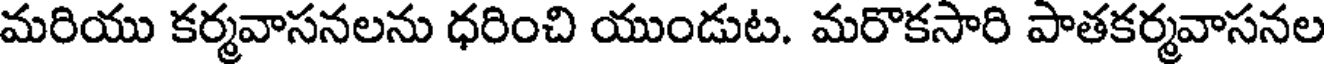
మరియు కర్మవాసనలను ధరించి యుండుట. మరొకసారి పాతకర్మవాసనల